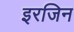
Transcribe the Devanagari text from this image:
इरजिन